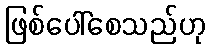
ဖြစ်ပေါ်စေသည်ဟု